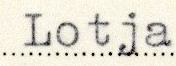
Lotja